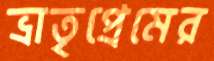
ভ্রাতৃপ্রেমের